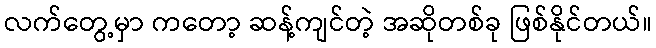
လက်တွေ့မှာ ကတော့ ဆန့်ကျင်တဲ့ အဆိုတစ်ခု ဖြစ်နိုင်တယ်။